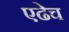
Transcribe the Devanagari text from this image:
एढेच